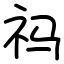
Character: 祃